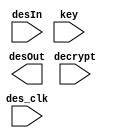
/////////////////////////////////////////////////////////////////////
////                                                             ////
////  DES                                                        ////
////  DES Top Level module                                       ////
////                                                             ////
////          rudi@asics.ws                                      ////
////                                                             ////
/////////////////////////////////////////////////////////////////////
////                                                             ////
//// Copyright (C) 2001 Rudolf Usselmann                         ////
////                    rudi@asics.ws                            ////
////                                                             ////
//// This source file may be used and distributed without        ////
//// restriction provided that this copyright statement is not   ////
//// removed from the file and that any derivative work contains ////
//// the original copyright notice and the associated disclaimer.////
////                                                             ////
////     THIS SOFTWARE IS PROVIDED ``AS IS'' AND WITHOUT ANY     ////
//// EXPRESS OR IMPLIED WARRANTIES, INCLUDING, BUT NOT LIMITED   ////
//// TO, THE IMPLIED WARRANTIES OF MERCHANTABILITY AND FITNESS   ////
//// FOR A PARTICULAR PURPOSE. IN NO EVENT SHALL THE AUTHOR      ////
//// OR CONTRIBUTORS BE LIABLE FOR ANY DIRECT, INDIRECT,         ////
//// INCIDENTAL, SPECIAL, EXEMPLARY, OR CONSEQUENTIAL DAMAGES    ////
//// (INCLUDING, BUT NOT LIMITED TO, PROCUREMENT OF SUBSTITUTE   ////
//// GOODS OR SERVICES; LOSS OF USE, DATA, OR PROFITS; OR        ////
//// BUSINESS INTERRUPTION) HOWEVER CAUSED AND ON ANY THEORY OF  ////
//// LIABILITY, WHETHER IN  CONTRACT, STRICT LIABILITY, OR TORT  ////
//// (INCLUDING NEGLIGENCE OR OTHERWISE) ARISING IN ANY WAY OUT  ////
//// OF THE USE OF THIS SOFTWARE, EVEN IF ADVISED OF THE         ////
//// POSSIBILITY OF SUCH DAMAGE.                                 ////
////                                                             ////
/////////////////////////////////////////////////////////////////////

module des(desOut, desIn, key, decrypt, des_clk);
output	[63:0]	desOut;
input	[63:0]	desIn;
input	[55:0]	key;
input		decrypt;
input		des_clk;

endmodule